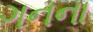
ગનના